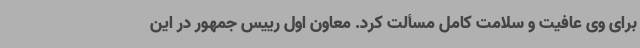
برای وی عافیت و سلامت کامل مسألت کرد. معاون اول رییس جمهور در این